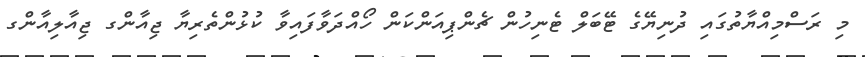
މި ރަސްމިއްޔާތުގައި ދުނިޔޭގެ ޓޭބަލް ޓެނިހުން ޗެންޕިއަންކަން ހޯއްދަވާފައިވާ ކުޅުންތެރިޔާ ޖިއާންގ ޖިއާލިއާންގ